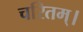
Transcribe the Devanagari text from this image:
चरितम्।